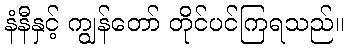
နံနီနှင့် ကျွန်တော် တိုင်ပင်ကြရသည်။